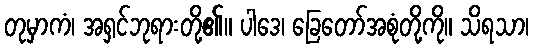
တုမှာကံ၊ အရှင်ဘုရားတို့၏။ ပါဒေ၊ ခြေတော်အစုံတို့ကို။ သိရသာ၊